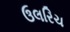
ઉલરિચ